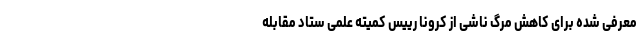
معرفی شده برای کاهش مرگ ناشی از کرونا رییس کمیته علمی ستاد مقابله